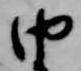
由